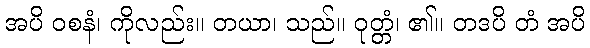
အပိ ဝစနံ၊ ကိုလည်း။ တယာ၊ သည်။ ဝုတ္တံ၊ ၏။ တဒပိ တံ အပိ